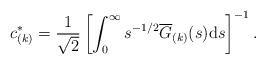
LaTeX: \begin{align*}c_{(k)}^{\ast}=\frac{1}{\sqrt{2}}\left[\int_{0}^{\infty}s^{-1/2}\overline{G}_{(k)}(s)\mathrm{d}s\right]^{-1}.\end{align*}